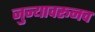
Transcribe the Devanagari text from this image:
जुन्यावरूनच